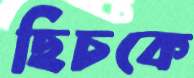
ছিচকে